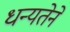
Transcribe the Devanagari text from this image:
धन्यतेने